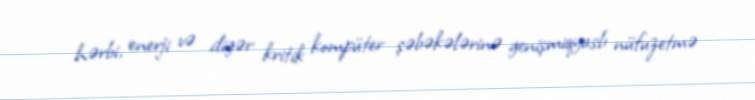
hərbi, enerji və digər kritik kompüter şəbəkələrinə genişmiqyaslı nüfuzetmə